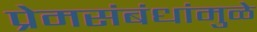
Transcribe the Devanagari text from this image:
प्रेमसंबंधांमुळे